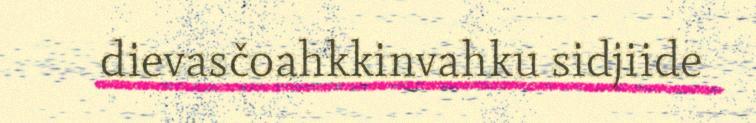
dievasčoahkkinvahku sidjiide